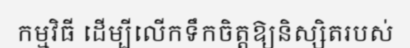
កម្មវិធី ដើម្បីលើកទឹកចិត្តឱ្យនិស្សិតរបស់